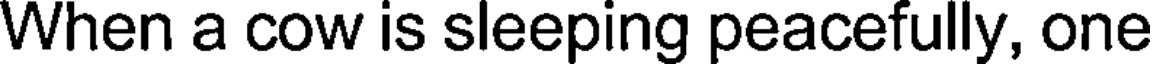
When a cow is sleeping peacefully, one